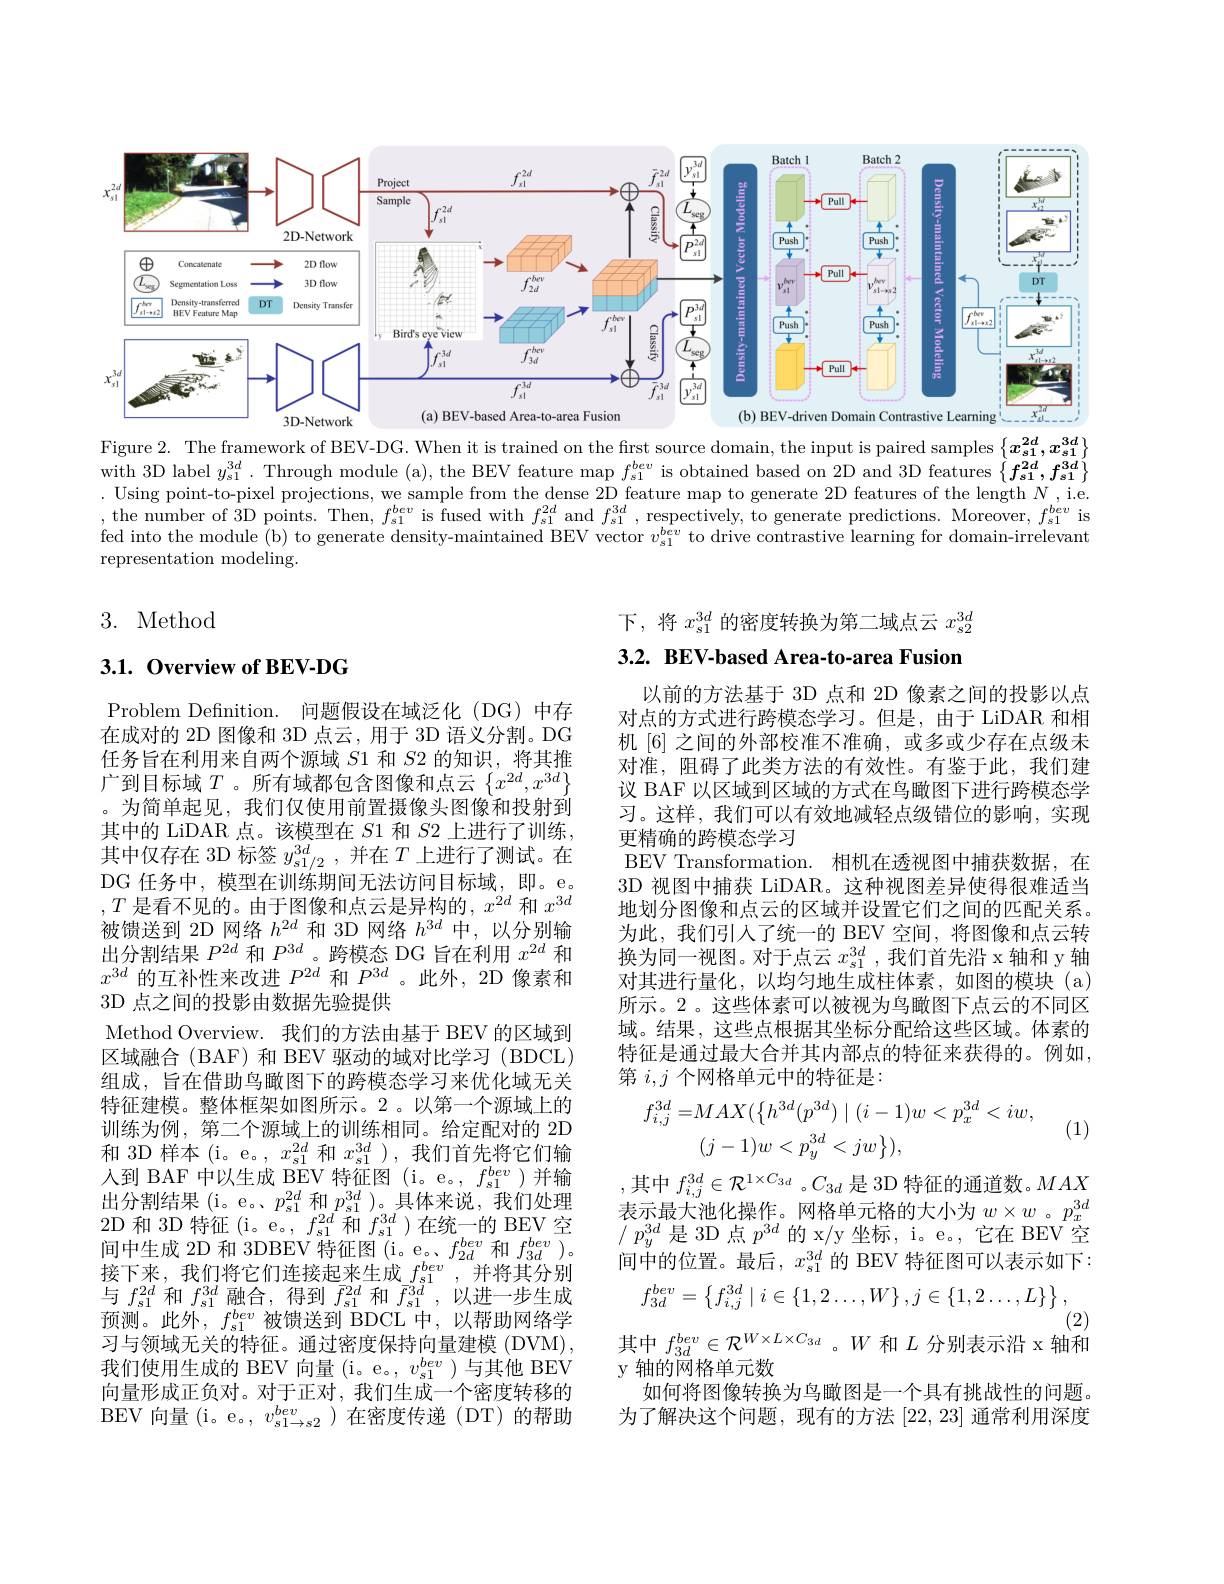
<FigureHere>
Figure 2. The framework of BEV-DG. When it is trained on the first source domain, the input is paired samples $\{x_{s1}^{2d},x_{s1}^{3d}\}$

with 3D label $y_s1^{3d}$. Through module (a), the BEV feature map $f_s1^{bev}$ is obtained based on 2D and 3D features $\{f_{s1}^{2d},f_{s1}^{3d}\}$ Using point-to-pixel projections, we sample from the dense 2D feature map to generate 2D features of the length $N$, ie. ,the number of 3D points. Then, $f_s1^{bev}$ is fused with $f_s1^{2d}$ and $f_s1^{3d}$, respectively, to generate predictions. Moreover, $f_s1^{be\upsilon}$ is fed into the module (b) to generate density-maintained BEV vector $v_\mathrm{s1}^{bev}$ to drive contrastive learning for domain-irrelevant representation modeling.

## 3. Method

下，将$x_s1^{3d}$的密度转换为第二域点云$x_s2^{3d}$

3.2. BEV-based Area-to-area Fusion

## $3. 1. \textbf{ Overview of BEV- DG}$

以前的方法基于 3D 点和 2D 像素之间的投影以点对点的方式进行跨模态学习。但是，由于 LiDAR 和相机[6] 之间的外部校准不准确，或多或少存在点级未对准，阻碍了此类方法的有效性。有鉴于此，我们建议 BAF 以区域到区域的方式在鸟瞰图下进行跨模态学习。这样，我们可以有效地减轻点级错位的影响，实现更精确的跨模态学习
BEV Transformation. 相机在透视图中捕获数据，在3D 视图中捕获 LiDAR。这种视图差异使得很难适当地划分图像和点云的区域并设置它们之间的匹配关系。为此，我们引人了统一的 BEV 空间，将图像和点云转换为同一视图。对于点云$x_{s1}^{3d}$ ,我们首先沿 x 轴和 y 轴对其进行量化，以均匀地生成柱体素，如图的模块(a) 所示。2 。这些体素可以被视为鸟瞰图下点云的不同区域。结果，这些点根据其坐标分配给这些区域。体素的特征是通过最大合并其内部点的特征来获得的。例如， 第$i,j$个网格单元中的特征是：
$$\begin{aligned}f_{i,j}^{3d}=&MAX(\left\{h^{3d}(p^{3d})\mid(i-1)w<p_{x}^{3d}<iw,\right.\\&(j-1)w<p_{y}^{3d}<jw\}),\end{aligned}$$
Problem Defnition. 问题假设在域泛化 (DG)中存在成对的 2D 图像和 3D 点云，用于 3D 语义分割。DG 任务旨在利用来自两个源域$S$1 和$S$2 的知识，将其推广到目标域$T$。所有域都包含图像和点云$\left\{x^{2d},x^{3d}\right\}$ 。为简单起见，我们仅使用前置摄像头图像和投射到其中的 LiDAR 点。该模型在$S$1 和$S$2 上进行了训练， 其中仅存在 3D 标签$y_{\mathrm{s}1/2}^{3d}$,并在$T$上进行了测试。在DG 任务中，模型在训练期间无法访问目标域，即。e。$,T$是看不见的。由于图像和点云是异构的$,x^2d$和$x^{3d}$ 被 馈 送 到 2D 网 络 $h^{2d}$ 和 3D 网 络 $h^{3d}$ 中 , 以 分 别 输 出 分 割 结 果 $P^{2d}$ 和 $P^{3d}$。跨 模 态 DG 旨 在 利 用 $x^{2d}$ 和$x^{3d}$的互补性来改进$P^2d$和$P^{3d}$ 。此外，2D 像素和3D 点之间的投影由数据先验提供
Method Overview. 我们的方法由基于 BEV 的区域到区域融合(BAF) 和 BEV 驱动的域对比学习 (BDCL) 组成，旨在借助鸟瞰图下的跨模态学习来优化域无关特征建模。整体框架如图所示。2。以第一个源域上的训练为例，第二个源域上的训练相同。给定配对的 2D 和 3D 样本(i。e。, $x_{s1}^{2d}$和$x_{s1}^{3d})$,我们首先将它们输入到 BAF 中以生成 BEV 特征图(i。e。, $f_s1^{bev}$)并输出分割结果(i。e。$p_s1^{2d}$和$p_s1^{3d}$ )。具体来说，我们处理2D 和 3D 特征(i。e。, $f_s1^{2d}$和$f_s1^{3d}$ )在统一的 BEV 空间中生成 2D 和 3DBEV 特征图 (i。e。$f_{2d}^{bev}$和$f_{3d}^{bev}$ )。接下来，我们将它们连接起来生成$f_{s1}^{bev}$,并将其分别与$f_{s1}^{2d}$和$f_{s1}^{3d}$融合，得到$\bar{f}_{s1}^{2d}$和$\bar{f}_{s1}^{3d}$,以进一步生成预测。此外，$f_s1^{bev}$被馈送到 BDCL 中，以帮助网络学习与领域无关的特征。通过密度保持向量建模 (DVM) 我们使用生成的 BEV 向量(i。e。, $v_{s1}^{bev}$)与其他 BEV 向量形成正负对。对于正对，我们生成一个密度转移的BEV 向量(i。e。,$v_s1\to s2^{bev}$)在密度传递(DT)的帮助

(1)

,其中 $f_i,j^{3d}\in\mathcal{R}^{1\times C_{3d}}$ 。$C_3d$ 是 3D 特征的通道数。$MAX$ 表示最大池化操作。网格单元格的大小为$w\times w$。$p_x^{3d}$ $^{\prime}p_{y}^{3d}$是 3D 点$p^3d$的 x/y 坐标，i。e。, 它在 BEV 空间中的位置。最后，$x_s1^{3d}$的 BEV 特征图可以表示如下：
$$f_{3d}^{bev}=\left\{f_{i,j}^{3d}\mid i\in\{1,2\ldots,W\}\:,j\in\{1,2\ldots,L\}\right\},$$
其中$f_{3d}^{bev}\in\mathcal{R}^{W\times L\times C_{3d}}$ 。$W$和$L$分别表示沿 x 轴和
y 轴的网格单元数
如何将图像转换为鸟瞰图是一个具有挑战性的问题。为了解决这个问题，现有的方法[22,23]通常利用深度